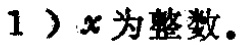
1）$x$为整数。